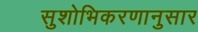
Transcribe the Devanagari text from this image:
सुशोभिकरणानुसार